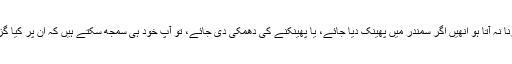
جنہیں تیرنا نہ آتا ہو انھیں اگر سمندر میں پھینک دیا جائے، یا پھینکنے کی دھمکی دی جائے، تو آپ خود ہی سمجھ سکتے ہیں کہ ان پر کیا گزرے گی۔